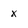
Character: x